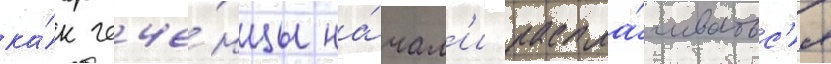
ка́к чече́нцы на́чал'и распла́чиватьс'я